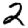
Digit: 2